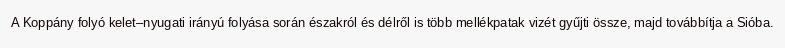
A Koppány folyó kelet–nyugati irányú folyása során északról és délről is több mellékpatak vizét gyűjti össze, majd továbbítja a Sióba.